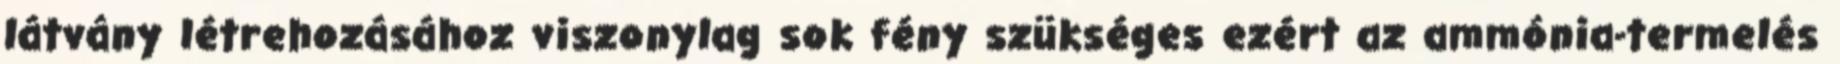
látvány létrehozásához viszonylag sok fény szükséges ezért az ammónia-termelés